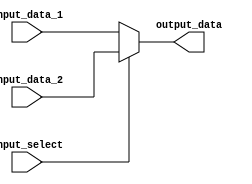
module Multiplexer #(parameter n = 64) (input_data_1, input_data_2, input_select, output_data);

	input input_select;
	input [n - 1 : 0] input_data_1, input_data_2;
	output[n - 1 : 0] output_data;

	assign output_data = input_select ? input_data_2 : input_data_1;

endmodule